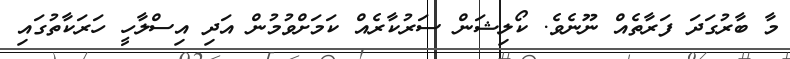
މާ ބާރުގަދަ ފަރާތެއް ނޫނެވެ. ކޯލިޝަން ސަރުކާރެއް ކަމަށްވުމުން އަދި އިސްލާހީ ހަރަކާތުގައި